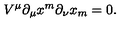
V ^ { \mu } \partial _ { \mu } x ^ { m } \partial _ { \nu } x _ { m } = 0 .